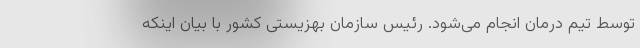
توسط تیم درمان انجام می‌شود. رئیس سازمان بهزیستی کشور با بیان اینکه